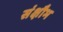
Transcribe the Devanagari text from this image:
संक्षौभ